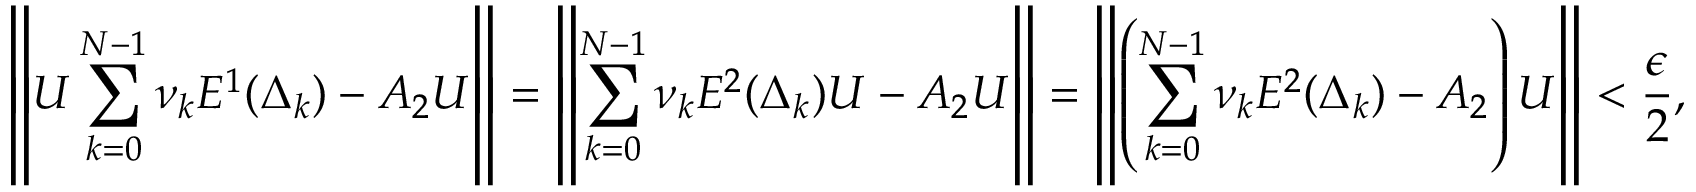
\left\| U \displaystyle \sum _ { k = 0 } ^ { N - 1 } \nu _ { k } E ^ { 1 } ( \Delta _ { k } ) - A _ { 2 } U \right\| = \left\| \displaystyle \sum _ { k = 0 } ^ { N - 1 } \nu _ { k } E ^ { 2 } ( \Delta _ { k } ) U - A _ { 2 } U \right\| = \left\| \left( \displaystyle \sum _ { k = 0 } ^ { N - 1 } \nu _ { k } E ^ { 2 } ( \Delta _ { k } ) - A _ { 2 } \right) U \right\| < \frac { \epsilon } { 2 } ,